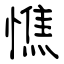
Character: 憔